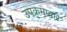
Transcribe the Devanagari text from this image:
उपक्रमाद्वारे